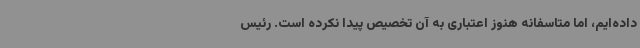
داده‌ایم، اما متاسفانه هنوز اعتباری به آن تخصیص پیدا نکرده است. رئیس